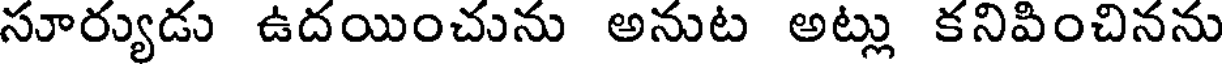
సూర్యుడు ఉదయించును అనుట అట్లు కనిపించినను